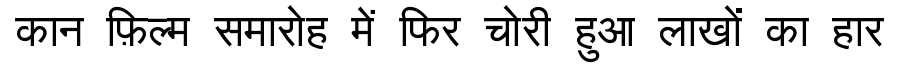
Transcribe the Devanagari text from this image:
कान फ़िल्म समारोह में फिर चोरी हुआ लाखों का हार